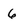
Character: 6